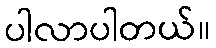
ပါလာပါတယ်။